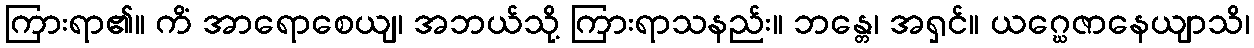
ကြားရာ၏။ ကိံ အာရောစေယျ၊ အဘယ်သို့ ကြားရာသနည်း။ ဘန္တေ၊ အရှင်။ ယဂ္ဃေဇာနေယျာသိ၊